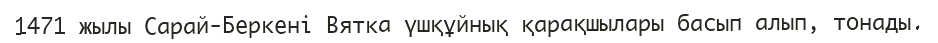
1471 жылы Сарай-Беркені Вятка үшқұйнық қарақшылары басып алып, тонады.